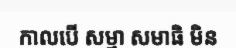
កាលបើ សម្មា សមាធិ មិន